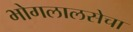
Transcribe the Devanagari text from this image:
भोगलालसेचा